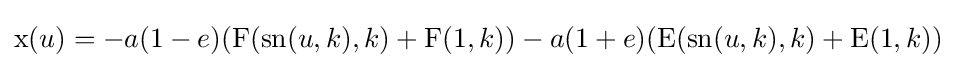
\operatorname {x} (u)=-a(1-e)(\operatorname {F} (\operatorname {sn} (u,k),k)+\operatorname {F} (1,k))-a(1+e)(\operatorname {E} (\operatorname {sn} (u,k),k)+\operatorname {E} (1,k))